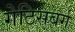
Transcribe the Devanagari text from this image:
गेटिसबर्ग